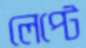
লেপ্‌টে